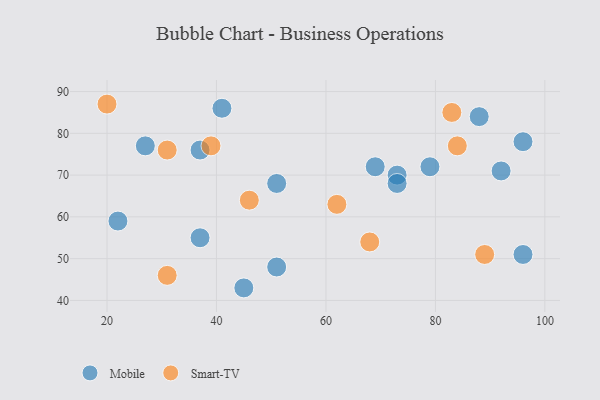
{"axis": {"x": "GDP", "y": "Life Expectancy"}, "legend": ["Mobile", "Smart-TV"], "data": [{"x": "92", "y": 71, "type": "Mobile"}, {"x": "27", "y": 77, "type": "Mobile"}, {"x": "96", "y": 78, "type": "Mobile"}, {"x": "96", "y": 51, "type": "Mobile"}, {"x": "51", "y": 48, "type": "Mobile"}, {"x": "69", "y": 72, "type": "Mobile"}, {"x": "45", "y": 43, "type": "Mobile"}, {"x": "22", "y": 59, "type": "Mobile"}, {"x": "73", "y": 70, "type": "Mobile"}, {"x": "41", "y": 86, "type": "Mobile"}, {"x": "51", "y": 68, "type": "Mobile"}, {"x": "73", "y": 68, "type": "Mobile"}, {"x": "88", "y": 84, "type": "Mobile"}, {"x": "37", "y": 76, "type": "Mobile"}, {"x": "37", "y": 55, "type": "Mobile"}, {"x": "79", "y": 72, "type": "Mobile"}, {"x": "31", "y": 46, "type": "Smart-TV"}, {"x": "68", "y": 54, "type": "Smart-TV"}, {"x": "62", "y": 63, "type": "Smart-TV"}, {"x": "46", "y": 64, "type": "Smart-TV"}, {"x": "31", "y": 76, "type": "Smart-TV"}, {"x": "89", "y": 51, "type": "Smart-TV"}, {"x": "39", "y": 77, "type": "Smart-TV"}, {"x": "84", "y": 77, "type": "Smart-TV"}, {"x": "20", "y": 87, "type": "Smart-TV"}, {"x": "83", "y": 85, "type": "Smart-TV"}]}